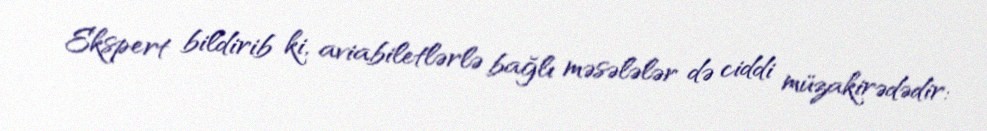
Ekspert bildirib ki, aviabiletlərlə bağlı məsələlər də ciddi müzakirədədir: